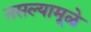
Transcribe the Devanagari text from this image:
नसल्यामूळे